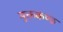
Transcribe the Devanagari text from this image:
मुक्तकण्ठ